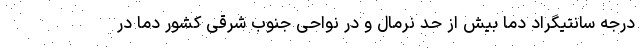
درجه سانتیگراد دما بیش از حد نرمال و در نواحی جنوب شرقی کشور دما در